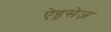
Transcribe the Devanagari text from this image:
ऐड्रसेज़